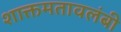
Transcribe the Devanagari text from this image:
शाक्तमतावलंबी